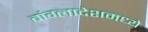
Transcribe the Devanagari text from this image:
बांग्लादेशमध्ये